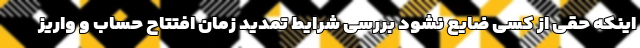
اینکه حقی از کسی ضایع نشود بررسی شرایط تمدید زمان افتتاح حساب و واریز